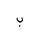
Letter: _ba